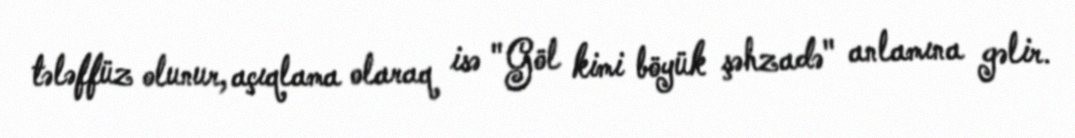
tələffüz olunur, açıqlama olaraq isə "Göl kimi böyük şəhzadə" anlamına gəlir.